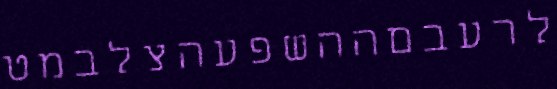
לרעבםההשפעהצלבמט